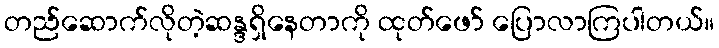
တည်ဆောက်လိုတဲ့ဆန္ဒရှိနေတာကို ထုတ်ဖော် ပြောလာကြပါတယ်။